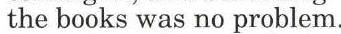
 the books was no problem.